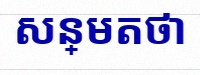
សន្មតថា x ជាចំនួនពិត